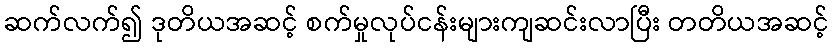
ဆက်လက်၍ ဒုတိယအဆင့် စက်မှုလုပ်ငန်းများကျဆင်းလာပြီး တတိယအဆင့်